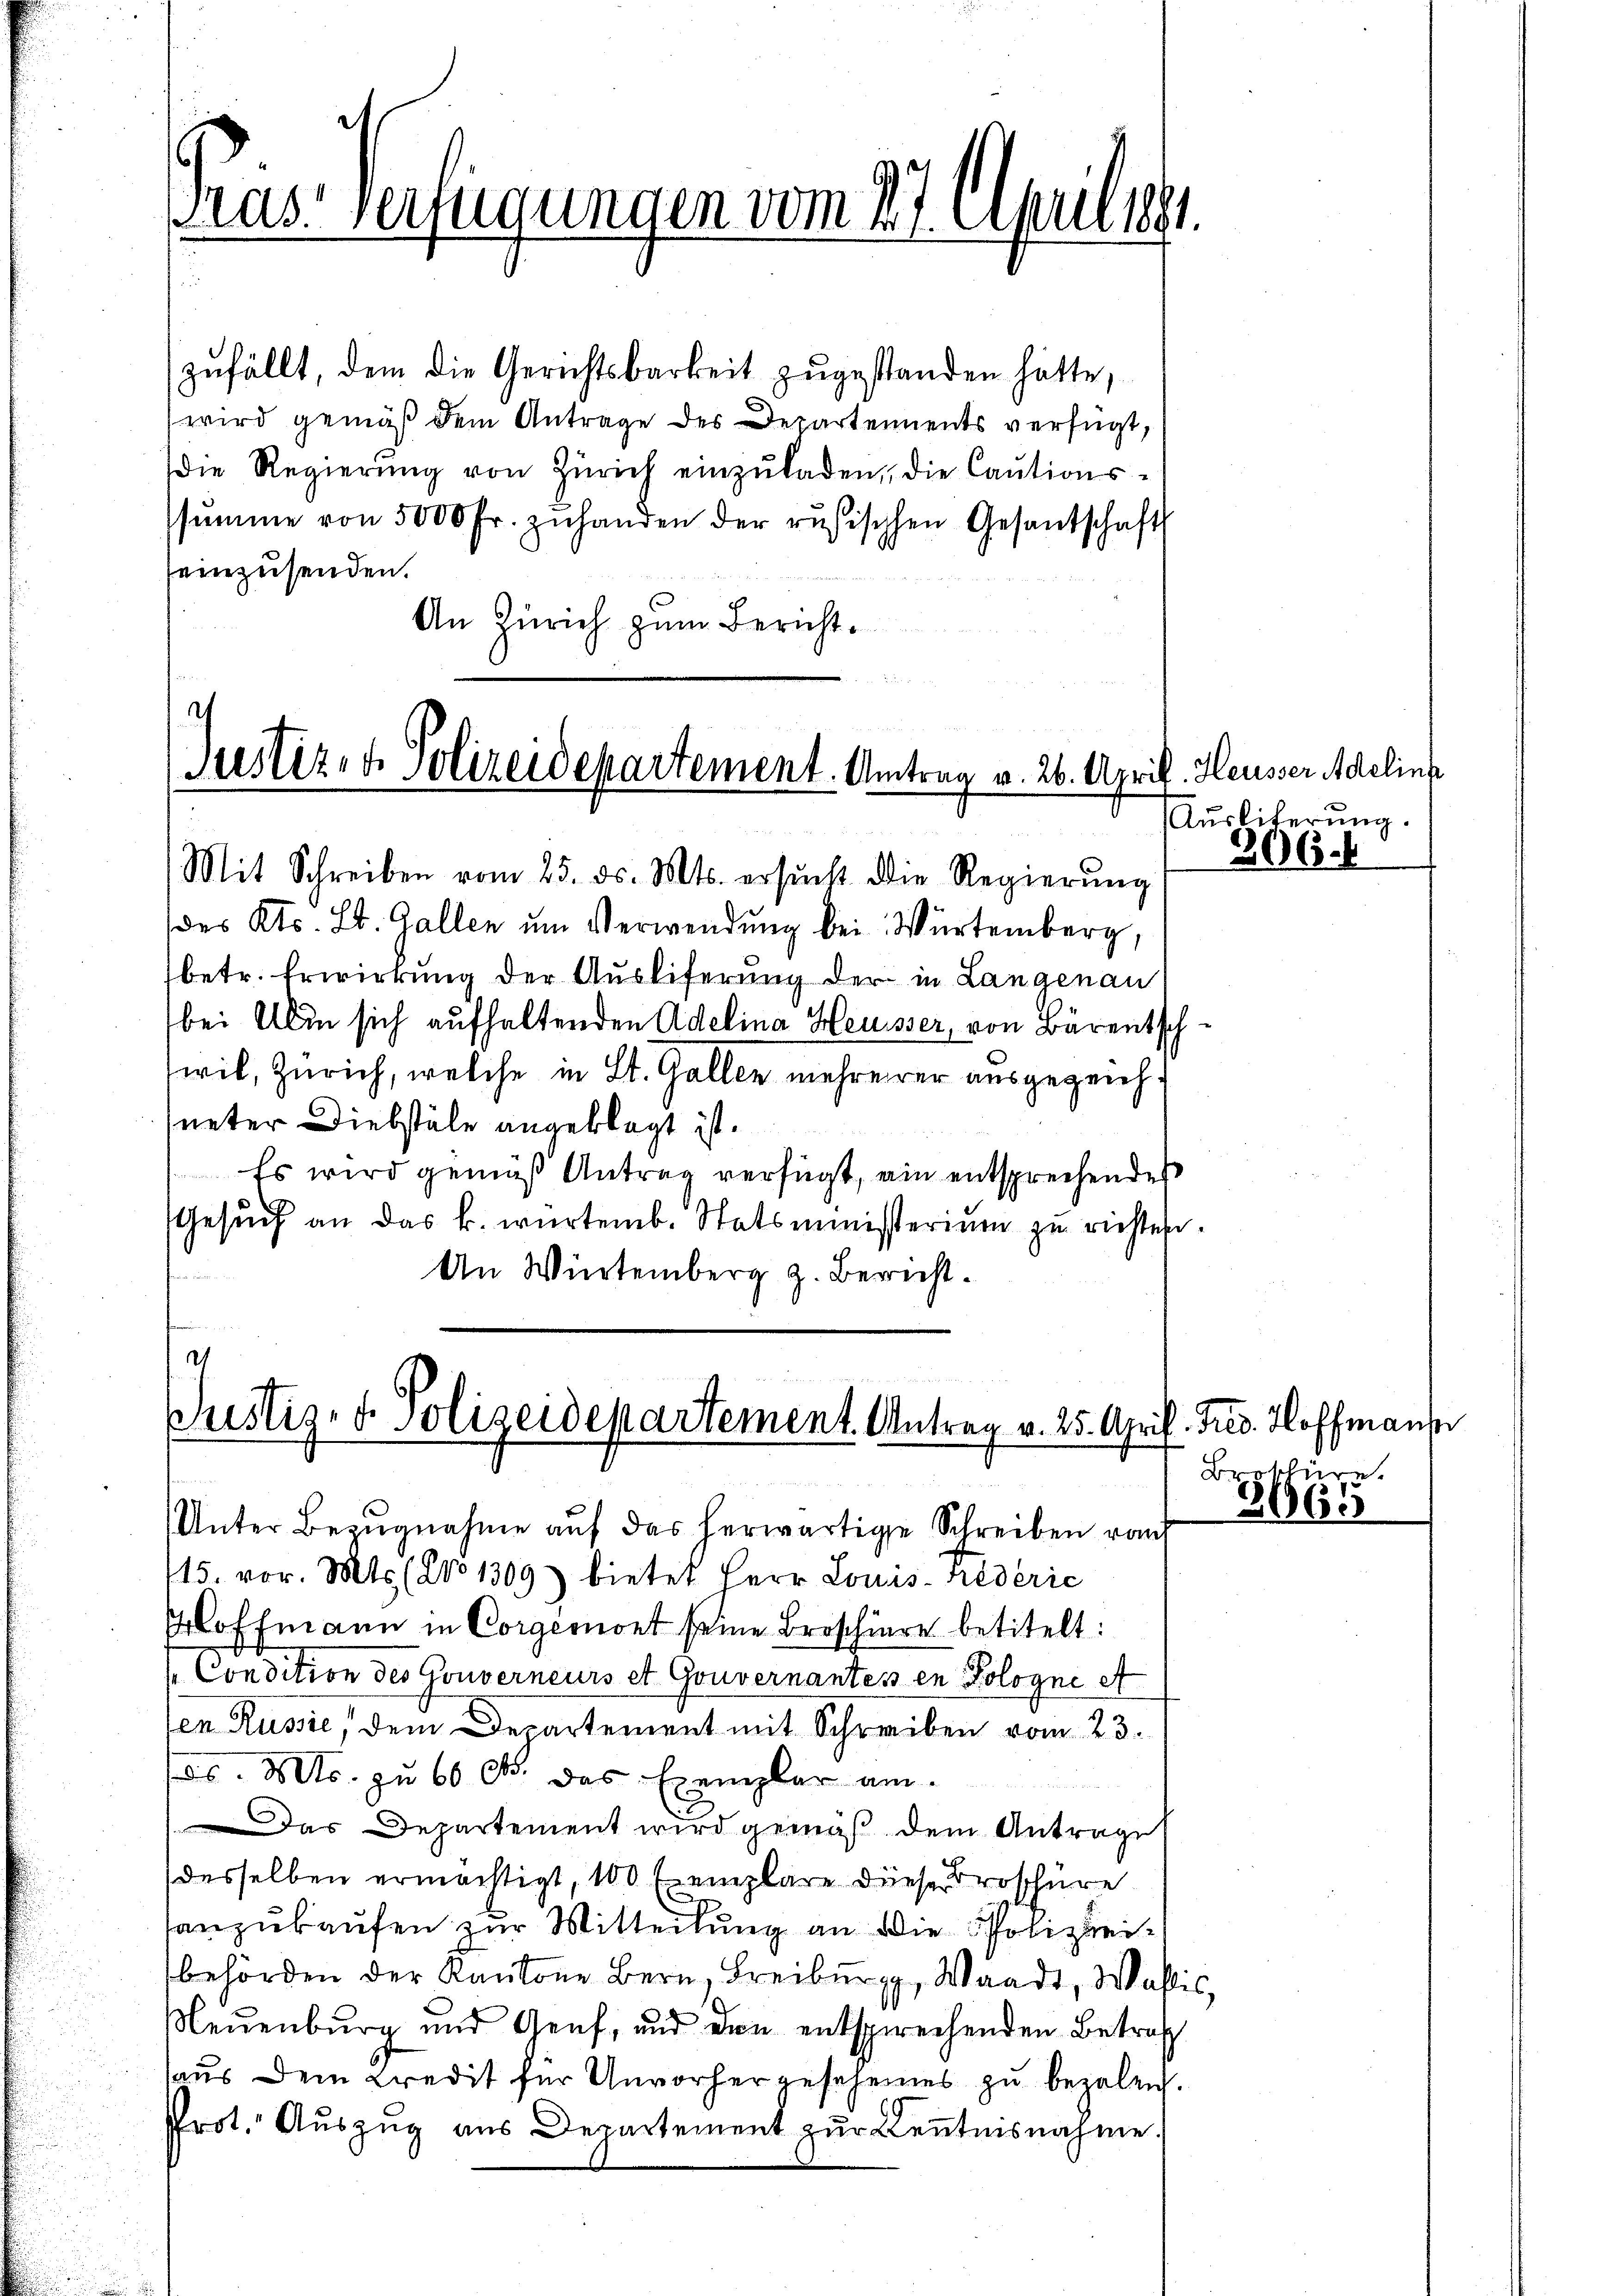
ras Verfügungen vom 27. Aprill
s

zufällt, dem die Gerichtsbarkeit zugestanden hätte,
wird gemäß dem Antrage des Departements verfügt,
die Regierŭng von Zürich einzŭladen, die Cautions-
ssŭmme von 5000 Fr. zŭ handen der rŭsischen Gesandschaft
seinzusenden.
An Zürich zum Bericht.

c
Justiz- & Polizeidepartement. Antrag v. 26. Apri
Mit Schreiben vom 25. ds. Mts. ersŭcht die Regierŭng

h
Custiz- & Polizeidepartement. Antrag v. 25. April. Fres. Hoffmann
Unter Bezugnahme auf das herwärtige Schreiben rau

des Kts. St. Gallen ŭm Verwendung bei Würtemberg,
betr. Erwirkung der Ausliferung der in Langenau
bei Ali sich aufhaltenden Adelina Heusser, von Bärentschswil, Zürich, welche in St. Gallen mehrerer ausgezeichneter Diebstäle angeklagt ist.
Es wird gemäß Antrag verfügt, ein entsprechendes
Gesŭch an das k. würtemb. Statsministerium zu richtes.
An Würtemberg z. Bericht.

Heusser Adelins
Ausliterung.

115. vor. Mts. (No 1309) bietet Herr Louis-hederic
Hoffmann in Corgémont seine Broschiere betitelt:
(Condition des Gouverneurs et Gouvernantes in Pologne A
en Russie, dem Departement mit Schreiben vom 23.
ds. Mts. zu 60 c. das Exemplar am
Das Departement wird gemäß dem Antrage
desselben ermächtigt, 100 Exemplare diese Droschüre
anzukaufen zur Mitteilung an die Polizeibehörden der Kantone Bern, Freiburg, Waadt, Wallis,
Neuenburg und Genf, und von entsprechenden Betraf
haus dem Credit für Unvorhergescheines zu bezalen.
Prot. Auszug aus Departement zur Kenntnisnahme.

306.

Brektüre.